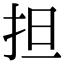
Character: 担